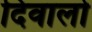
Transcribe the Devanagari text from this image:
दिवालो